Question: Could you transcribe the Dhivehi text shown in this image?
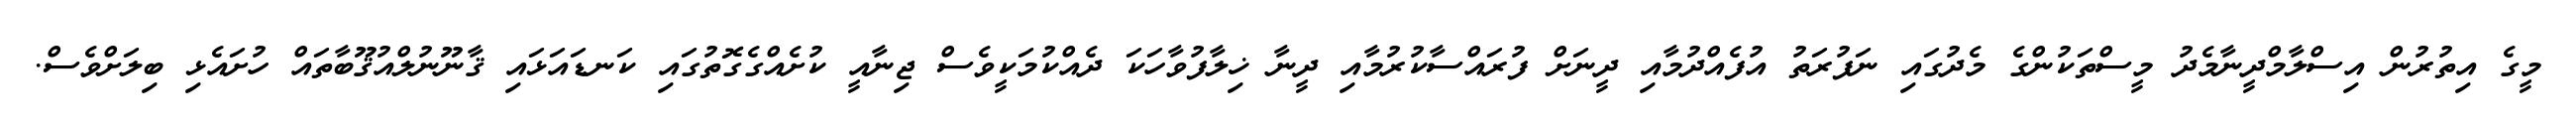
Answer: މީގެ އިތުރުން އިސްލާމްދީނާމެދު މީސްތަކުންގެ މެދުގައި ނަފުރަތު އުފެއްދުމާއި ދީނަށް ފުރައްސާކުރުމާއި ދީނާ ޚިލާފުވާހަކަ ދެއްކުމަކީވެސް ޖިނާއީ ކުށެއްގެގޮތުގައި ކަނޑައަޅައި ޤާނޫނުލްއުޤޫބާތައް ހުށައެޅި ބިލަށްވެސް.